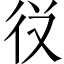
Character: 𭛣